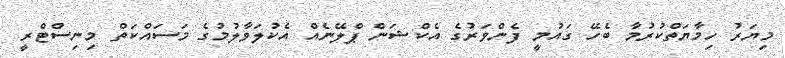
މިޔަރު ހިމާޔަތްކުރުމާ ބެހޭ ގައުމީ ފެންވަރުގެ އެކްޝަން ޕްލޭނެއް އެކުލަވާލުމުގެ މަސައްކަތް މިނިސްޓްރީ